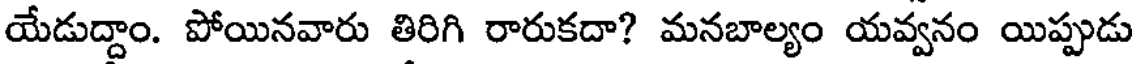
యేడుద్దాం. పోయినవారు తిరిగి రారుకదా? మనబాల్యం యవ్వనం యిప్పుడు